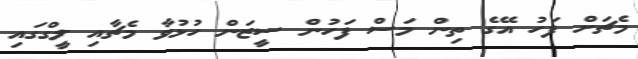
މެޗަށް ފަހު އޭގެ ތިން މަސް ފަހުން ސީޒަން ހުޅުވާ މެޗާއި ލީގްގައި